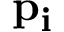
\mathbf { p _ { i } }